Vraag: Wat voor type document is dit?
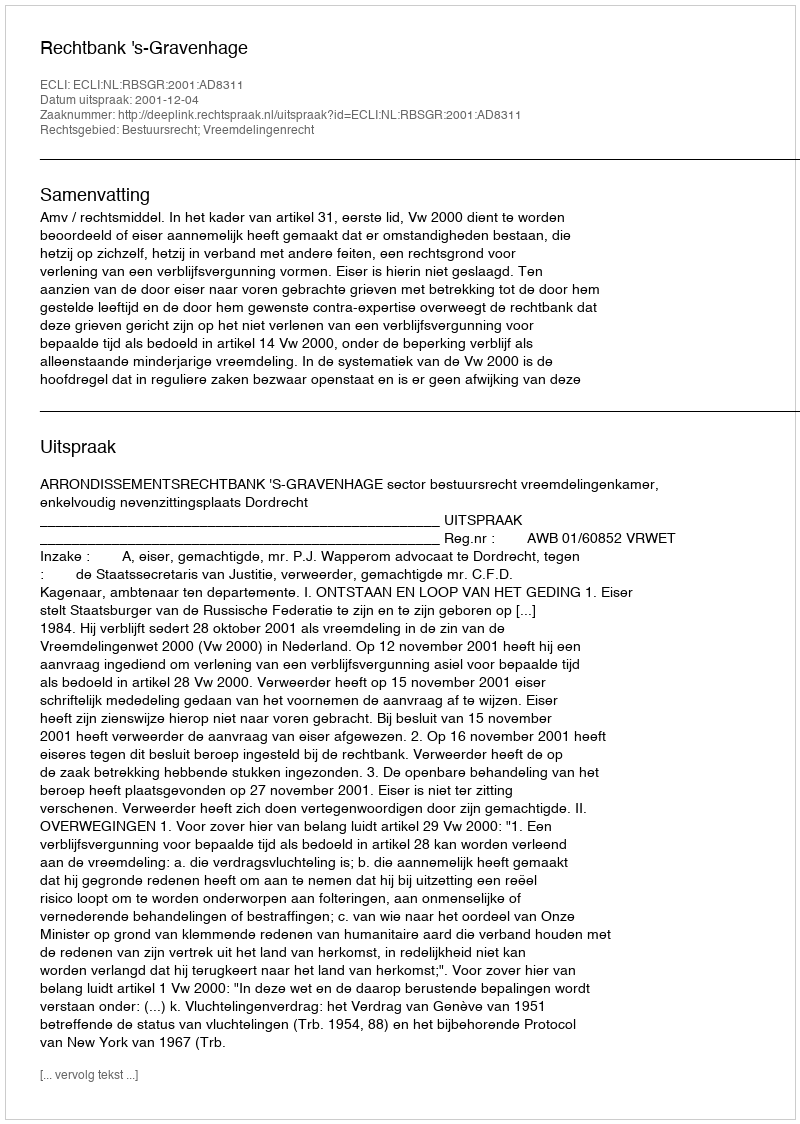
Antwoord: Uitspraak